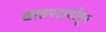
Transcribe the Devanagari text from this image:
खाद्यपदार्थांतून